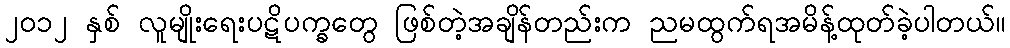
၂၀၁၂ နှစ် လူမျိုးရေးပဋိပက္ခတွေ ဖြစ်တဲ့အချိန်တည်းက ညမထွက်ရအမိန့်ထုတ်ခဲ့ပါတယ်။